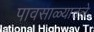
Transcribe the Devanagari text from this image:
पावसाळ्यातले